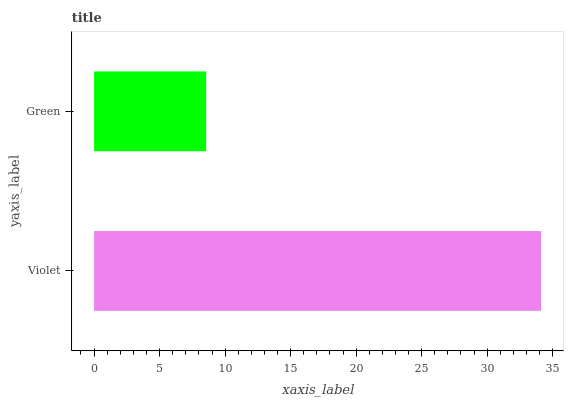
| yaxis_label | bars |
 | --- | --- |
 | Violet | 34.1 |
 | Green | 8.55 |